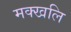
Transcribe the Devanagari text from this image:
मक्खलि